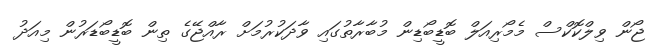
ޖޯން ވިލްކޮކްސް މެމޯރިއަލް ބޮޑީބޯޑިން މުބާރާތުގައި ވާދަކުރުމަށް ރާއްޖޭގެ ތިން ބޮޑީބޯޑަރުން މިއަދު